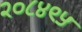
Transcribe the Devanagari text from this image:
२०८४९५